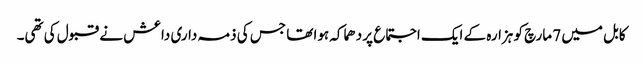
کابل میں 7 مارچ کو ہزارہ کے ایک اجتماع پر دھماکہ ہوا تھا جس کی ذمہ داری داعش نے قبول کی تھی۔